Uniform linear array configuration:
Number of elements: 48
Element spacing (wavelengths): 0.5
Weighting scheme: uniform
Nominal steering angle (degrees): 60
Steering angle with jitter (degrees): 61.728
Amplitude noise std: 0.05
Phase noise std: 0.05

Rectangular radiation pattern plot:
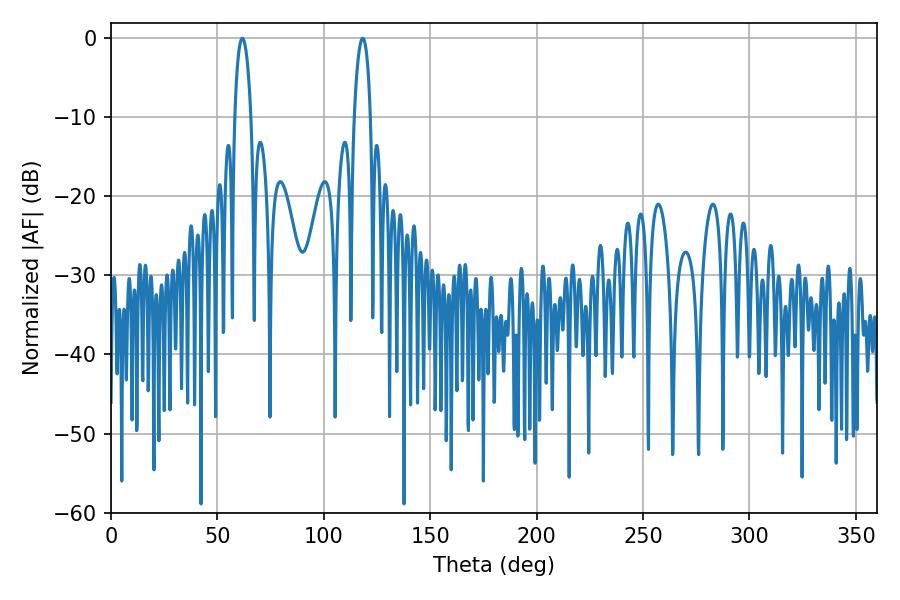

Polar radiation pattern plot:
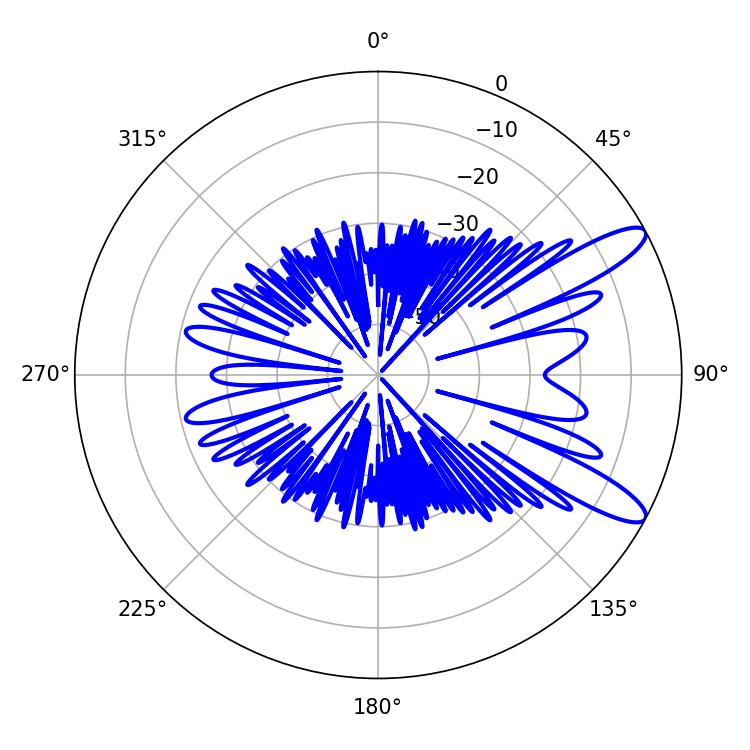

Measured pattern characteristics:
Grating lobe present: FALSE
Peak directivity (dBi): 11.193
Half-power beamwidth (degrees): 4.32
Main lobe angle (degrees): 61.74